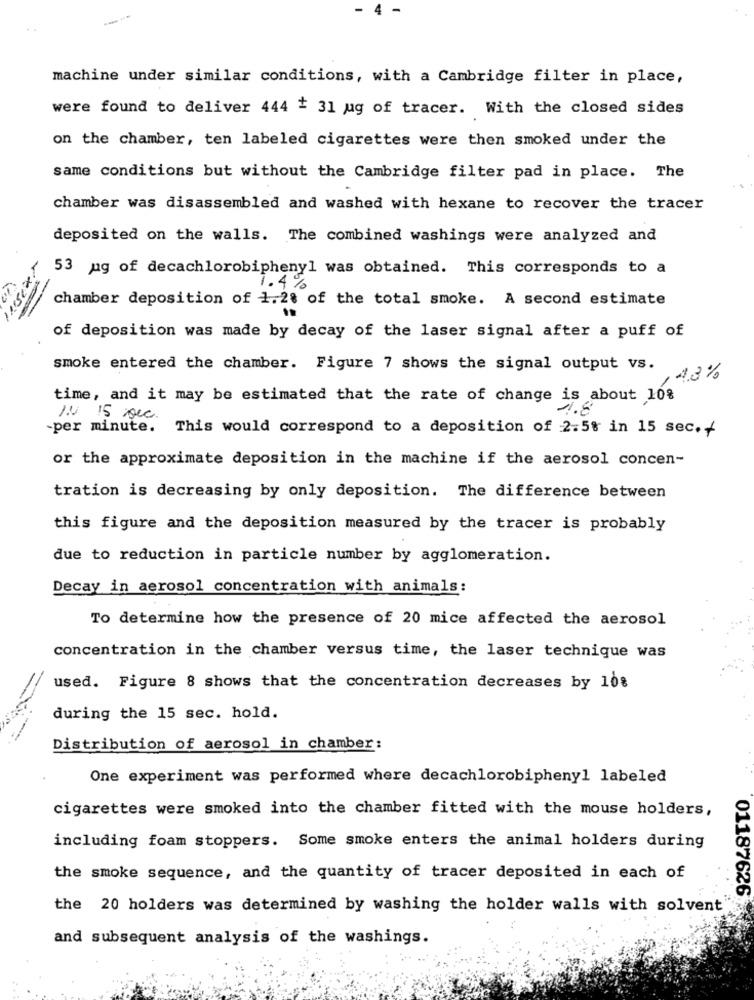
- 4 -
machine under similar conditions, with a Cambridge filter in place,
were found to deliver 444 # 31 ug of tracer. With the closed sides
on the chamber, ten labeled cigarettes were then smoked under the
same conditions but without the Cambridge filter pad in place. The
chamber was disassembled and washed with hexane to recover the tracer
deposited on the walls. The combined washings were analyzed and
53 pg of decachlorobiphenyl was obtained. This corresponds to a
1.4%
chamber deposition of 1. 28 of the total smoke. A second estimate
of deposition was made by decay of the laser signal after a puff of
smoke entered the chamber. Figure 7 shows the signal output vs.
43%
time, and it may be estimated that the rate of change is about 10%
30
1N 15 sec.
-per minute.
This would correspond to a deposition of 2.5% in 15 sec.+
or the approximate deposition in the machine if the aerosol concen-
tration is decreasing by only deposition. The difference between
this figure and the deposition measured by the tracer is probably
due to reduction in particle number by agglomeration.
Decay in aerosol concentration with animals:
To determine how the presence of 20 mice affected the aerosol
concentration in the chamber versus time, the laser technique was
used. Figure 8 shows that the concentration decreases by 10%
during the 15 sec. hold.
Distribution of aerosol in chamber:
One experiment was performed where decachlorobiphenyl labeled
cigarettes were smoked into the chamber fitted with the mouse holders,
including foam stoppers. Some smoke enters the animal holders during
the smoke sequence, and the quantity of tracer deposited in each of
01187626
the 20 holders was determined by washing the holder walls with solvent"
and subsequent analysis of the washings.